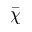
\bar { \chi }